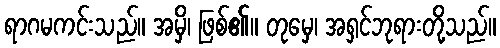
ရာဂမကင်းသည်။ အမှိ၊ ဖြစ်၏။ တုမှေ၊ အရှင်ဘုရားတို့သည်။